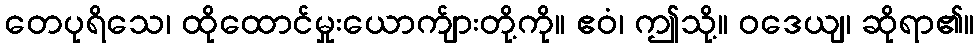
တေပုရိသေ၊ ထိုထောင်မှုးယောက်ျားတို့ကို။ ဧဝံ၊ ဤသို့။ ဝဒေယျ၊ ဆိုရာ၏။